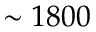
\sim 1 8 0 0